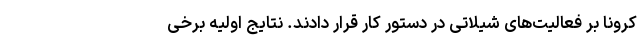
کرونا بر فعالیت‌های شیلاتی در دستور کار قرار دادند. نتایج اولیه برخی